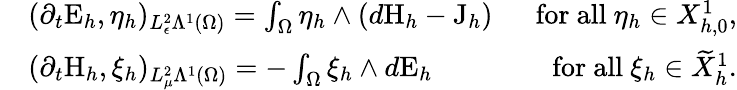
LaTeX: \begin{array}{rlr}&{(\partial_{t}\mathrm{E}_{h},\eta_{h})_{L_{\epsilon}^{2}\Lambda^{1}(\Omega)}=\int_{\Omega}\eta_{h}\wedge(d\mathrm{H}_{h}-\mathrm{J}_{h})\; }&{\mathrm{~for~all~}\eta_{h}\in X_{h,0}^{1},}\\ &{(\partial_{t}\mathrm{H}_{h},\xi_{h})_{L_{\mu}^{2}\Lambda^{1}(\Omega)}=-\int_{\Omega}\xi_{h}\wedge d\mathrm{E}_{h}\; }&{\mathrm{~for~all~}\xi_{h}\in\widetilde{X}_{h}^{1}.}\end{array}